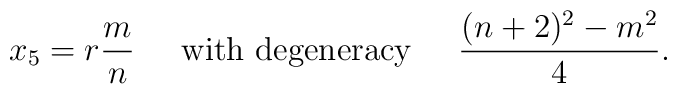
x_5 = r \frac{m}{n}  \;\;\;\;\; {\rm with\ degeneracy}  \;\;\;\;\;\frac{(n + 2)^2 -m^2}{4}.